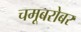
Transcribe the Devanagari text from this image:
चमूबरोबर